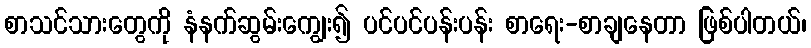
စာသင်သားတွေကို နံနက်ဆွမ်းကျွေး၍ ပင်ပင်ပန်းပန်း စာရေး-စာချနေတာ ဖြစ်ပါတယ်၊